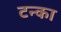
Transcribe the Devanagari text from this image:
टन्का